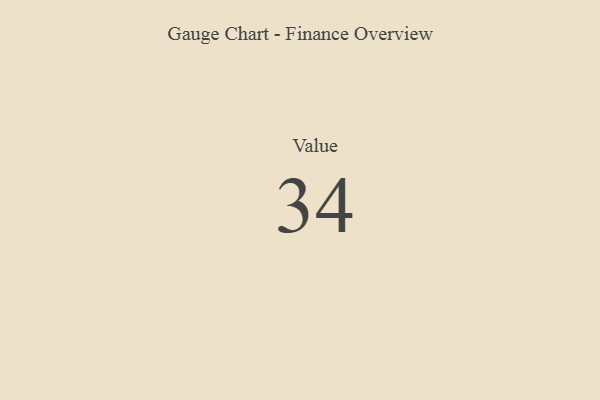
{"axis": {"x": "Metric", "y": "Value"}, "legend": [""], "data": [{"x": "Value", "y": 34, "type": ""}]}